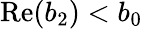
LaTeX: \mathrm{Re}(b_{2})<b_{0}